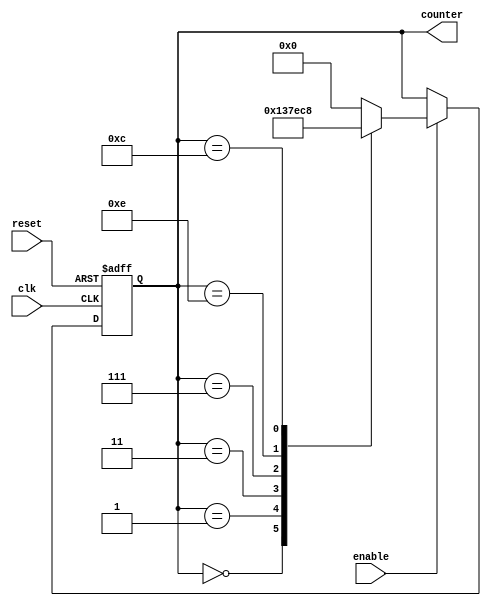
module johnson_counter_enable (
    input wire clk,
    input wire reset,
    input wire enable,
    output reg [3:0] counter
);

always @(posedge clk or posedge reset) begin
    if (reset) begin
        counter <= 4'b0000;
    end else if (enable) begin
        case (counter)
            4'b0000: counter <= 4'b0001;
            4'b0001: counter <= 4'b0011;
            4'b0011: counter <= 4'b0111;
            4'b0111: counter <= 4'b1110;
            4'b1110: counter <= 4'b1100;
            4'b1100: counter <= 4'b1000;
            4'b1000: counter <= 4'b0000;
            default: counter <= 4'b0000;
        endcase
    end
end

endmodule